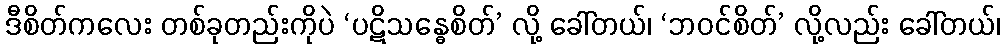
ဒီစိတ်ကလေး တစ်ခုတည်းကိုပဲ ‘ပဋိသန္ဓေစိတ်’ လို့ ခေါ်တယ်၊ ‘ဘဝင်စိတ်’ လို့လည်း ခေါ်တယ်၊